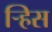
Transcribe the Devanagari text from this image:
र्‍हिस